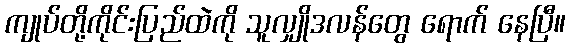
ကျုပ်တို့ကိုင်းပြည်ထဲကို သူလျှိုဒလန်တွေ ရောက် နေပြီ။